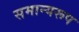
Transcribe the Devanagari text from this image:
समान्यरूप